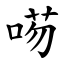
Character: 㖴